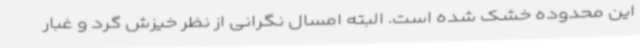
این محدوده خشک شده است. البته امسال نگرانی از نظر خیزش گرد و غبار